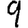
Digit: 9